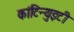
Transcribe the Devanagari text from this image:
कांटिन्युइटी